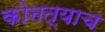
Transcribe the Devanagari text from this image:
कोनत्याच